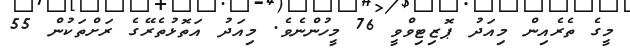
މީގެ ތެރެއިން މިއަދު ޕޮޒިޓިވްވީ 76 މީހުންނެވެ. މިއަދު އަތޮޅުތެރޭގެ ރަށްތަކުން 55